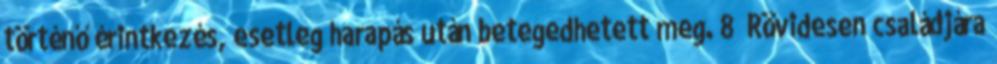
történő érintkezés, esetleg harapás után betegedhetett meg. 8 Rövidesen családjára